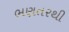
ભણતરથી